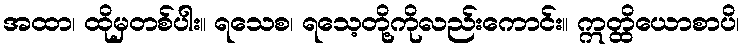
အထာ၊ ထိုမှတစ်ပါး။ ရသေစ၊ ရသေ့တို့ကိုလည်းကောင်း။ ဣတ္ထိယောစာပိ၊